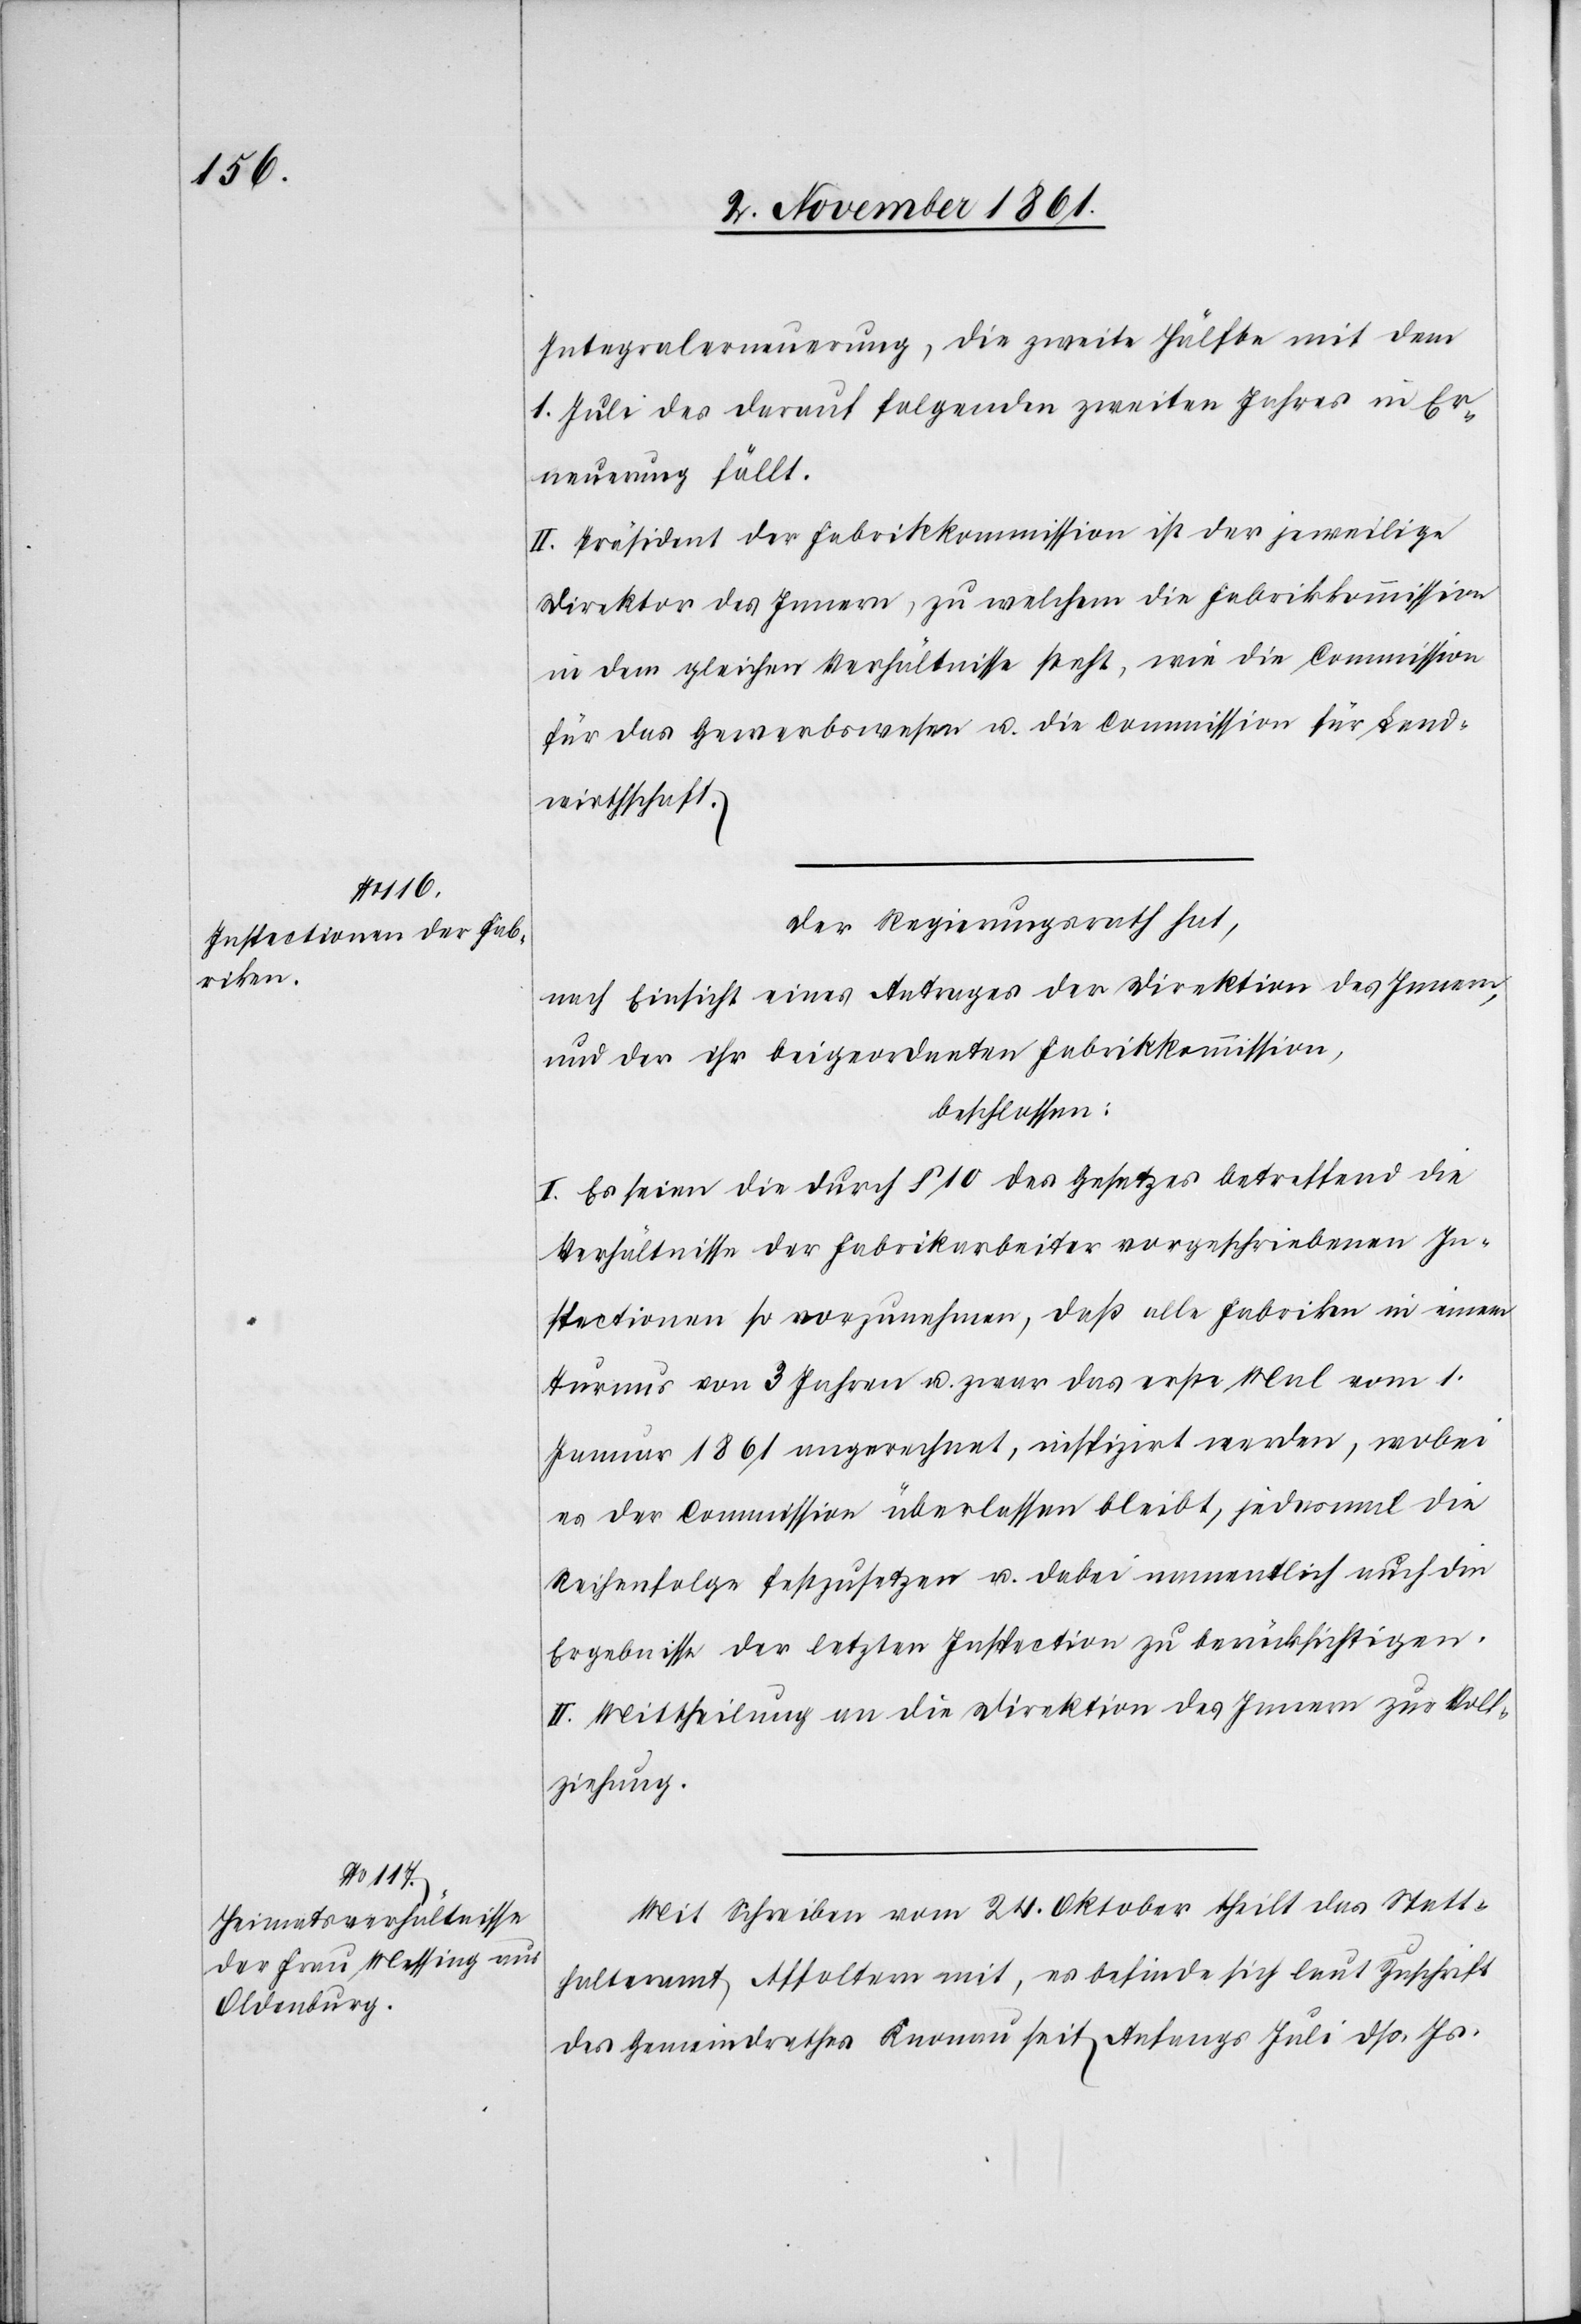
Integralerneuerung, die zweite Hälfte mit dem
1 Juli des darauf folgenden zweiten Jahres in Er¬
neuerung fällt.
II. Präsident der Fabrikkommission ist der jeweilige
Direktor des Innern, zu welchem die Fabrikkommission
in dem gleichen Verhältnisse steht, wie die Commission
für das Gewerbewesen u. die Commission für Land¬
wirthschaft.
Der Regierungsrath hat,
nach Einsicht eines Antrages der Direktion des Innern,
und der ihr beigeordneten Fabrikkommission,
beschlossen:
I. Es seien die durch § 10 des Gesetzes betreffend die
Verhältnisse der Fabrikarbeiter vorgeschriebenen In¬
spectionen so vorzunehmen, daß alle Fabriken in einem
Turnus von 3 Jahren u. zwar das erste Mal vom 1
Januar 1861 angerechnet, inspizirt werden, wobei
es der Commission überlassen bleibt, jedesmal die
Reihenfolge festzusetzen u. dabei namentlich auch die
Ergebnisse der letzten Inspection zu berücksichtigen.
II. Mittheilung an die Direktion des Innern zur Voll¬
ziehung.
Mit Schreiben vom 24 Oktober theilt das Statt¬
halteramt Affoltern mit, es befinde sich laut Zuschrift
des Gemeindrathes Knonau seit Anfangs Juli dß. Js.